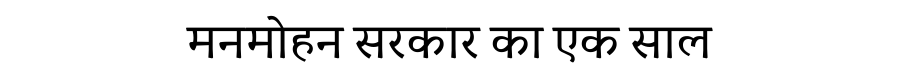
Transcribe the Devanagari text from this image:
मनमोहन सरकार का एक साल